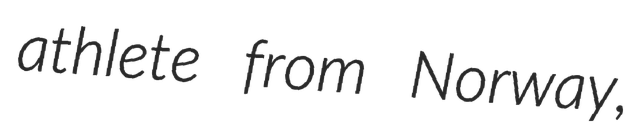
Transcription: athlete from Norway,